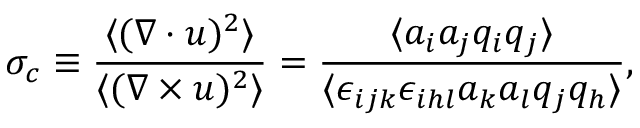
\sigma _ { c } \equiv \frac { \langle ( \nabla \cdot \boldsymbol { u } ) ^ { 2 } \rangle } { \langle ( \nabla \times \boldsymbol { u } ) ^ { 2 } \rangle } = \frac { \langle a _ { i } a _ { j } q _ { i } q _ { j } \rangle } { \langle \epsilon _ { i j k } \epsilon _ { i h l } a _ { k } a _ { l } q _ { j } q _ { h } \rangle } ,